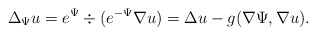
\begin{align*}\Delta_{\Psi} u = e^{\Psi} \div(e^{-\Psi} \nabla u) = \Delta u - g(\nabla \Psi,\nabla u).\end{align*}